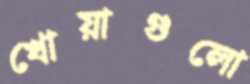
খোয়াগুলো